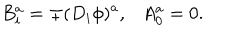
LaTeX: B _ { i } ^ { a } = \mp ( D _ { i } \phi ) ^ { a } , \ \ \ A _ { 0 } ^ { a } = 0 .